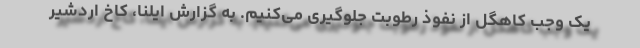
یک وجب کاهگل از نفوذ رطوبت جلوگیری می‌کنیم. به گزارش ایلنا، کاخ اردشیر